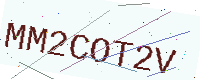
Text: MM2COT2V